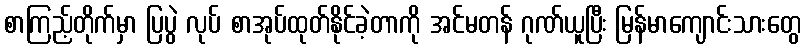
စာကြည့်တိုက်မှာ ပြပွဲ လုပ် စာအုပ်ထုတ်နိုင်ခဲ့တာကို အင်မတန် ဂုဏ်ယူပြီး မြန်မာကျောင်းသားတွေ